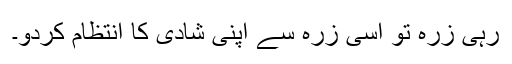
رہی زرہ تو اسی زرہ سے اپنی شادی کا انتظام کردو۔